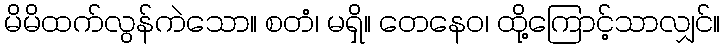
မိမိထက်လွန်ကဲသော။ စတံ၊ မရှိ။ တေနေဝ၊ ထို့ကြောင့်သာလျှင်။